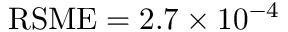
\operatorname { R S M E } = 2 . 7 \times 1 0 ^ { - 4 }